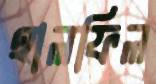
হালফিল